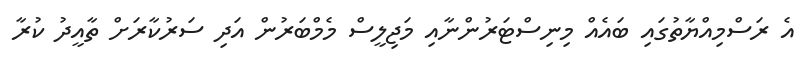
އެ ރަސްމިއްޔާތުގައި ބައެއް މިނިސްޓަރުންނާއި މަޖިލީސް މެމްބަރުން އަދި ސަރުކާރަށް ތާއީދު ކުރާ